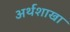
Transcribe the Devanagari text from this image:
अर्थशाखा